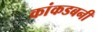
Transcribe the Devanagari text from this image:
कांकडबनी